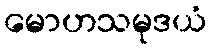
မောဟသမုဒယံ